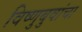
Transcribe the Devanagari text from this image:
विष्णुबुवांचा